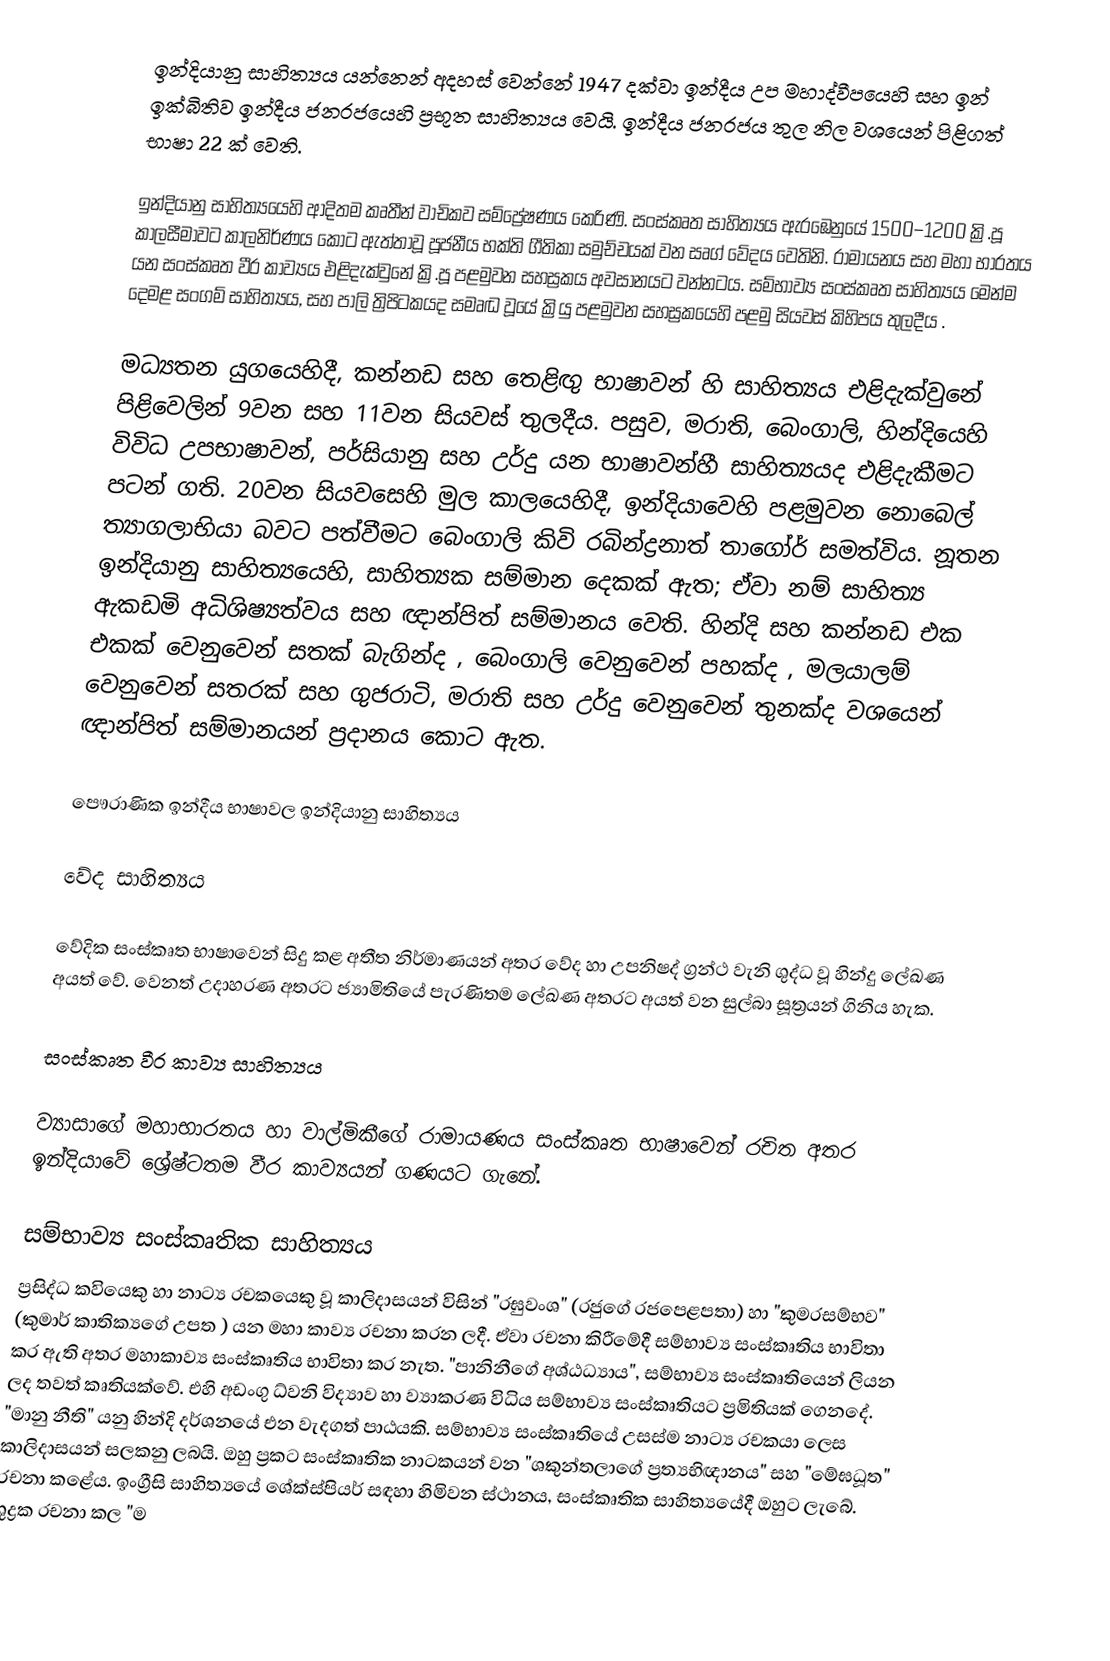
ඉන්දියානු සාහිත්‍යය යන්නෙන් අදහස් වෙන්නේ 1947 දක්වා ඉන්දීය උප මහාද්වීපයෙහි  සහ ඉන් ඉක්බිතිව ඉන්දීය ජනරජයෙහි ප්‍රභූත සාහිත්‍යය වෙයි. ඉන්දීය ජනරජය තුල නිල වශයෙන් පිළිගත් භාෂා 22 ක් වෙති.

ඉන්දියානු සාහිත්‍යයෙහි ආදිතම කෘතීන් වාචිකව සම්ප්‍රේෂණය කෙරිණි. සංස්කෘත සාහිත්‍යය ඇරඹෙනුයේ 1500–1200 ක්‍රි.පූ කාලසීමාවට කාලනිර්ණය කොට ඇත්තාවූ පූජනීය භක්ති ගීතිකා සමුච්චයක් වන  සෘග් වේදය  වෙතිනි. රාමායනය සහ මහා භාරතය යන සංස්කෘත වීර කාව්‍යය එළිදැක්වුනේ ක්‍රි.පූ පළමුවන සහස්‍රකය අවසානයට වන්නටය. සම්භාව්‍ය සංස්කෘත සාහිත්‍යය මෙන්ම දෙමළ සංගම් සාහිත්‍යය,  සහ පාලි ත්‍රිපිටකයද සමෘද්‍ධ වූයේ ක්‍රියු පළමුවන සහස්‍රකයෙහි පළමු සියවස් කිහිපය තුලදීය .

මධ්‍යතන යුගයෙහිදී, කන්නඩ සහ තෙළිඟු භාෂාවන් හි සාහිත්‍යය එළිදැක්වුනේ පිළිවෙලින් 9වන සහ 11වන සියවස් තුලදීය.  පසුව, මරාති, බෙංගාලි, හින්දියෙහි විවිධ උපභාෂාවන්, පර්සියානු සහ උර්දු යන භාෂාවන්හී සාහිත්‍යයද එළිදැකීමට පටන් ගති. 20වන සියවසෙහි මුල කාලයෙහිදී, ඉන්දියාවෙහි පළමුවන නොබෙල් ත්‍යාගලාභියා බවට පත්වීමට  බෙංගාලි කිවි  රබින්ද්‍රනාත් තාගෝර් සමත්විය.  නූතන ඉන්දියානු සාහිත්‍යයෙහි, සාහිත්‍යක සම්මාන දෙකක් ඇත; ඒවා නම් සාහිත්‍ය ඇකඩමි අධිශිෂ්‍යත්වය සහ ඥාන්පිත් සම්මානය වෙති. හින්දි සහ කන්නඩ එක එකක් වෙනුවෙන් සතක් බැගින්ද ,  බෙංගාලි වෙනුවෙන් පහක්ද ,  මලයාලම් වෙනුවෙන් සතරක් සහ  ගුජරාටි, මරාති සහ උර්දු වෙනුවෙන් තුනක්ද වශයෙන් ඥාන්පිත් සම්මානයන් ප්‍රදානය කොට ඇත.

පෞරාණික ඉන්දීය භාෂාවල ඉන්දියානු සාහිත්‍යය

වේද සාහිත්‍යය

වේදික සංස්කෘත භාෂාවෙන් සිදු කළ අතීත නිර්මාණයන් අතර වේද හා උපනිෂද් ග්‍රන්ථ වැනි ශුද්ධ වූ හින්දු ලේඛණ අයත් වේ. වෙනත් උදාහරණ අතරට ජ්‍යාමිතියේ පැරණිතම ලේඛණ අතරට අයත් වන සුල්බා සූත්‍රයන් ගිනිය හැක.

සංස්කෘත වීර කාව්‍ය සාහිත්‍යය

ව්‍යාසාගේ මහාභාරතය හා වාල්මිකීගේ රාමායණය සංස්කෘත භාෂාවෙන් රචිත අතර ඉන්දියාවේ ශ්‍රේෂ්ටතම වීර කාව්‍යයන් ගණයට ගැනේ.

සම්භාව්‍ය සංස්කෘතික සාහිත්‍යය
ප්‍රසිද්ධ කවියෙකු හා නාට්‍ය රචකයෙකු වූ කාලිදාසයන් විසින් "රඝුවංශ" (රජුගේ රජපෙළපතා) හා "කුමරසම්භව" (කුමාර් කාතික්‍යගේ උපත ) යන මහා කාව්‍ය රචනා කරන ලදී. ඒවා රචනා කිරීමේදී සම්භාව්‍ය සංස්කෘතිය භාවිතා කර ඇති අතර මහාකාව්‍ය සංස්කෘතිය භාවිතා කර නැත. "පානිනීගේ අශ්ඨධ්‍යාය", සම්භාව්‍ය සංස්කෘතියෙන් ලියන ලද තවත් කෘතියක්වේ. එහි අඩංගු ධ්වනි විද්‍යාව හා ව්‍යාකරණ විධිය සම්භාව්‍ය සංස්කෘතියට ප්‍රමිතියක් ගෙනදේ. "මානු නීති" යනු හින්දි දර්ශනයේ එන වැදගත් පාඨයකි. සම්භාව්‍ය සංස්කෘතියේ උසස්ම නාට්‍ය රචකයා ලෙස කාලිදාසයන් සලකනු ලබයි. ඔහු ප්‍රකට සංස්කෘතික නාටකයන් වන "ශකුන්තලාගේ ප්‍රත්‍යභිඥානය" සහ "මේඝධූත" රචනා කළේය. ඉංග්‍රීසි සාහිත්‍යයේ ශේක්ස්පියර් සඳහා හිමිවන ස්ථානය, සංස්කෘතික සාහිත්‍යයේදී ඔහුට ලැබේ. ශුද්‍රක රචනා කල "ම